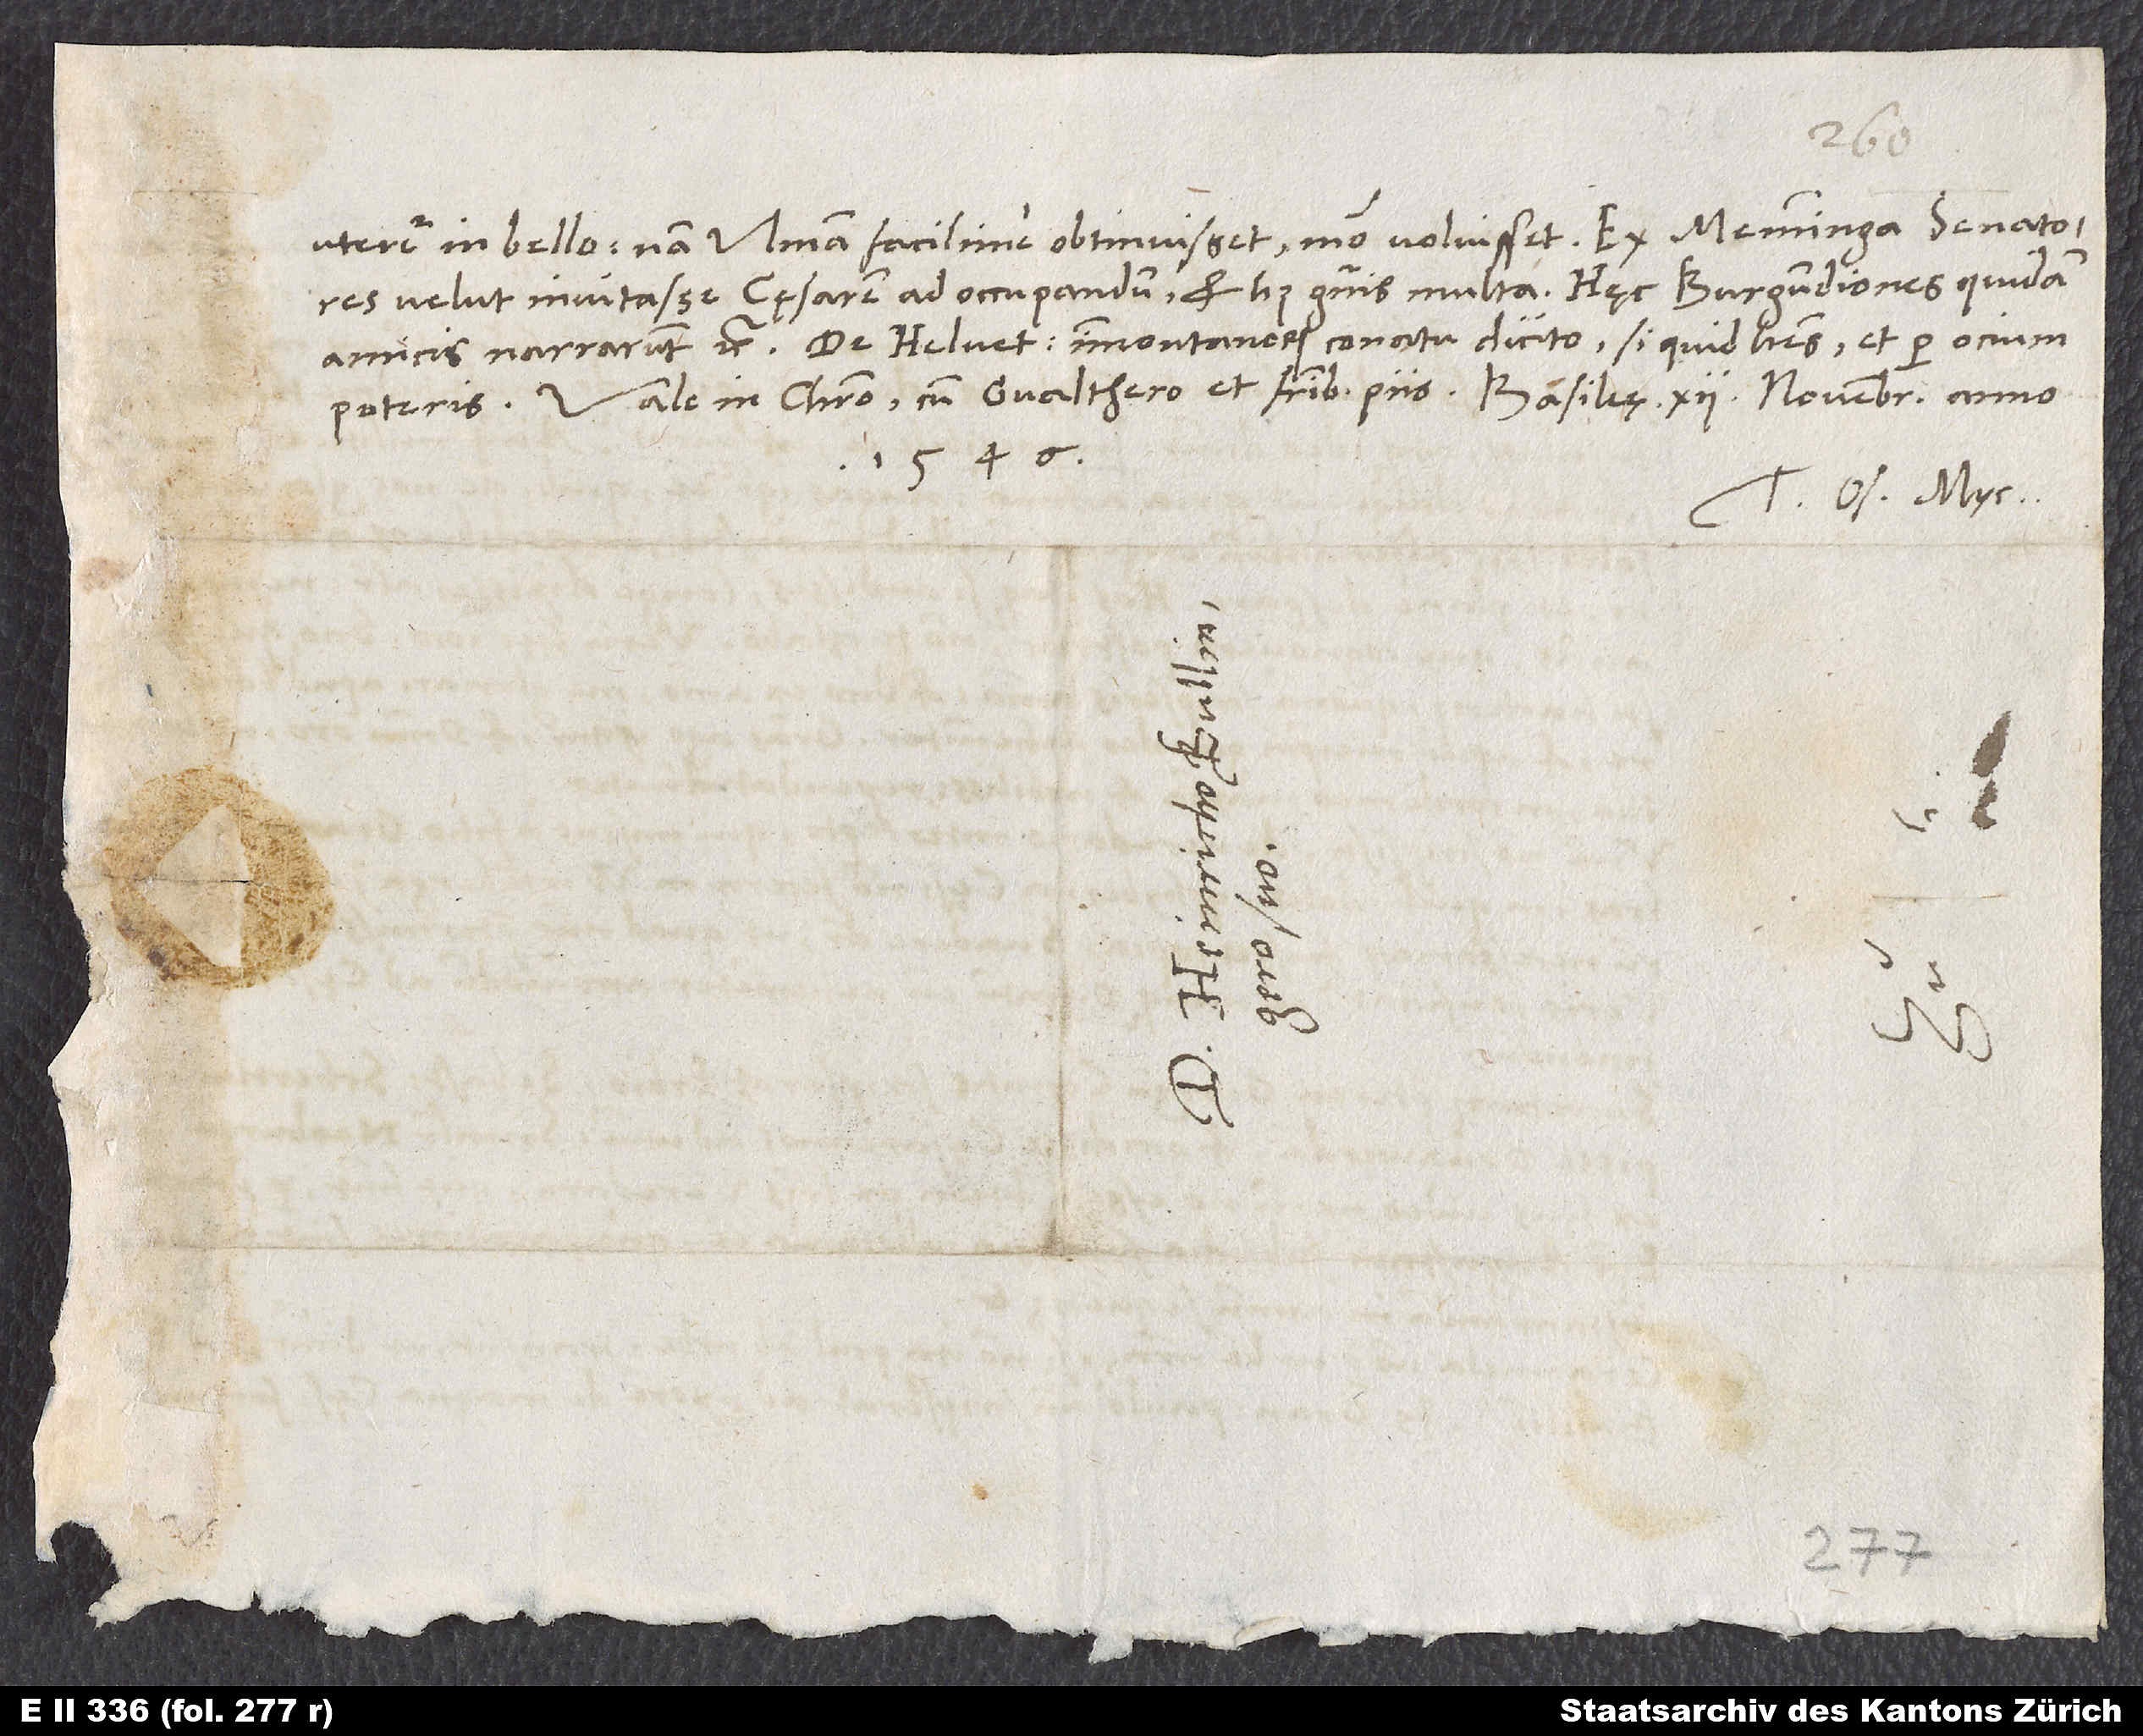
uteretur in bello; nam Ulmam facilime obtinuisset, modo voluisset. Ex Memminga senatores
velut invitasse cęsarem ad occupandum, et huius generis multa. Hęc Burgundiones quidam
Vale in Christo cum Gvalthero et fratribus piis. Basileę, 12. novembris anno
1546.
Tuus Os. Myc.
S.